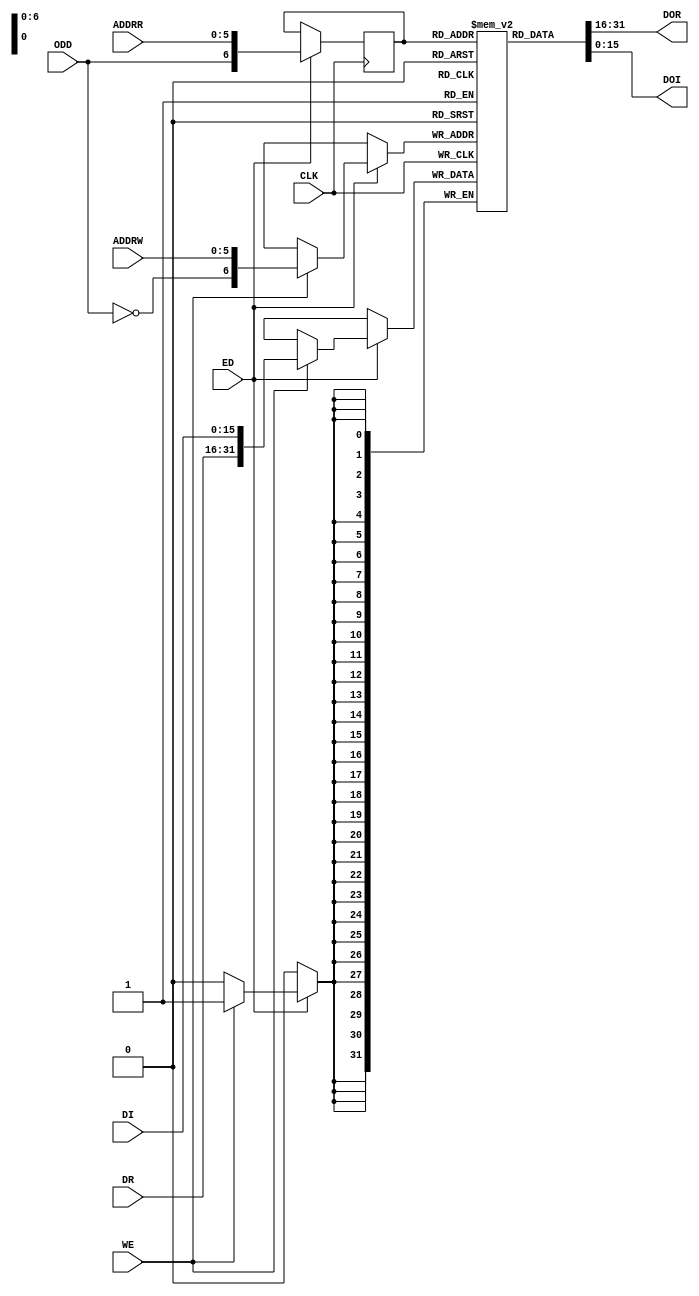
module RAM2x64C_1 (CLK,
ED,
WE,
ODD,
ADDRW,
ADDRR,
DR,
DI,
DOR,
DOI);
	parameter nb=16;
	output [nb-1:0] DOR ;
	wire [nb-1:0] DOR;
	output [nb-1:0] DOI ;
	wire [nb-1:0] DOI;
	input CLK ;
	wire CLK;
	input ED ;
	wire ED;
	input WE ;	     
	wire WE;
	input ODD ;	  
	wire ODD;
	input [5:0] ADDRW ;
	wire [5:0] ADDRW;
	input [5:0] ADDRR ;
	wire [5:0] ADDRR;
	input [nb-1:0] DR ;
	wire [nb-1:0] DR;
	input [nb-1:0] DI ;
	wire [nb-1:0] DI;
	reg	oddd,odd2;
	always @( posedge CLK) begin 
			if (ED)	begin
					oddd<=ODD;
					odd2<=oddd;
				end
		end
	wire [6:0] addrr2 = {ODD,ADDRR};
	wire [6:0] addrw2 = {~ODD,ADDRW};
	wire [2*nb-1:0] di= {DR,DI};
	wire [2*nb-1:0] doi;
	reg [2*nb-1:0] ram [127:0];
	reg [6:0] read_addra;
	always @(posedge CLK) begin
			if (ED)
				begin
					if (WE)
						ram[addrw2] <= di;
					read_addra <= addrr2;
				end
		end
	assign doi = ram[read_addra];
	assign	DOR=doi[2*nb-1:nb];		 
	assign	DOI=doi[nb-1:0];		 
endmodule